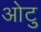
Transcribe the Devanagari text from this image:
ओटु